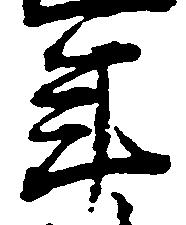
年